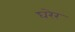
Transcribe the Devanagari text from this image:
घरेर